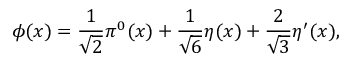
\phi ( x ) = \frac { 1 } { \sqrt { 2 } } \pi ^ { 0 } ( x ) + \frac { 1 } { \sqrt { 6 } } \eta ( x ) + \frac { 2 } { \sqrt { 3 } } \eta ^ { \prime } ( x ) ,